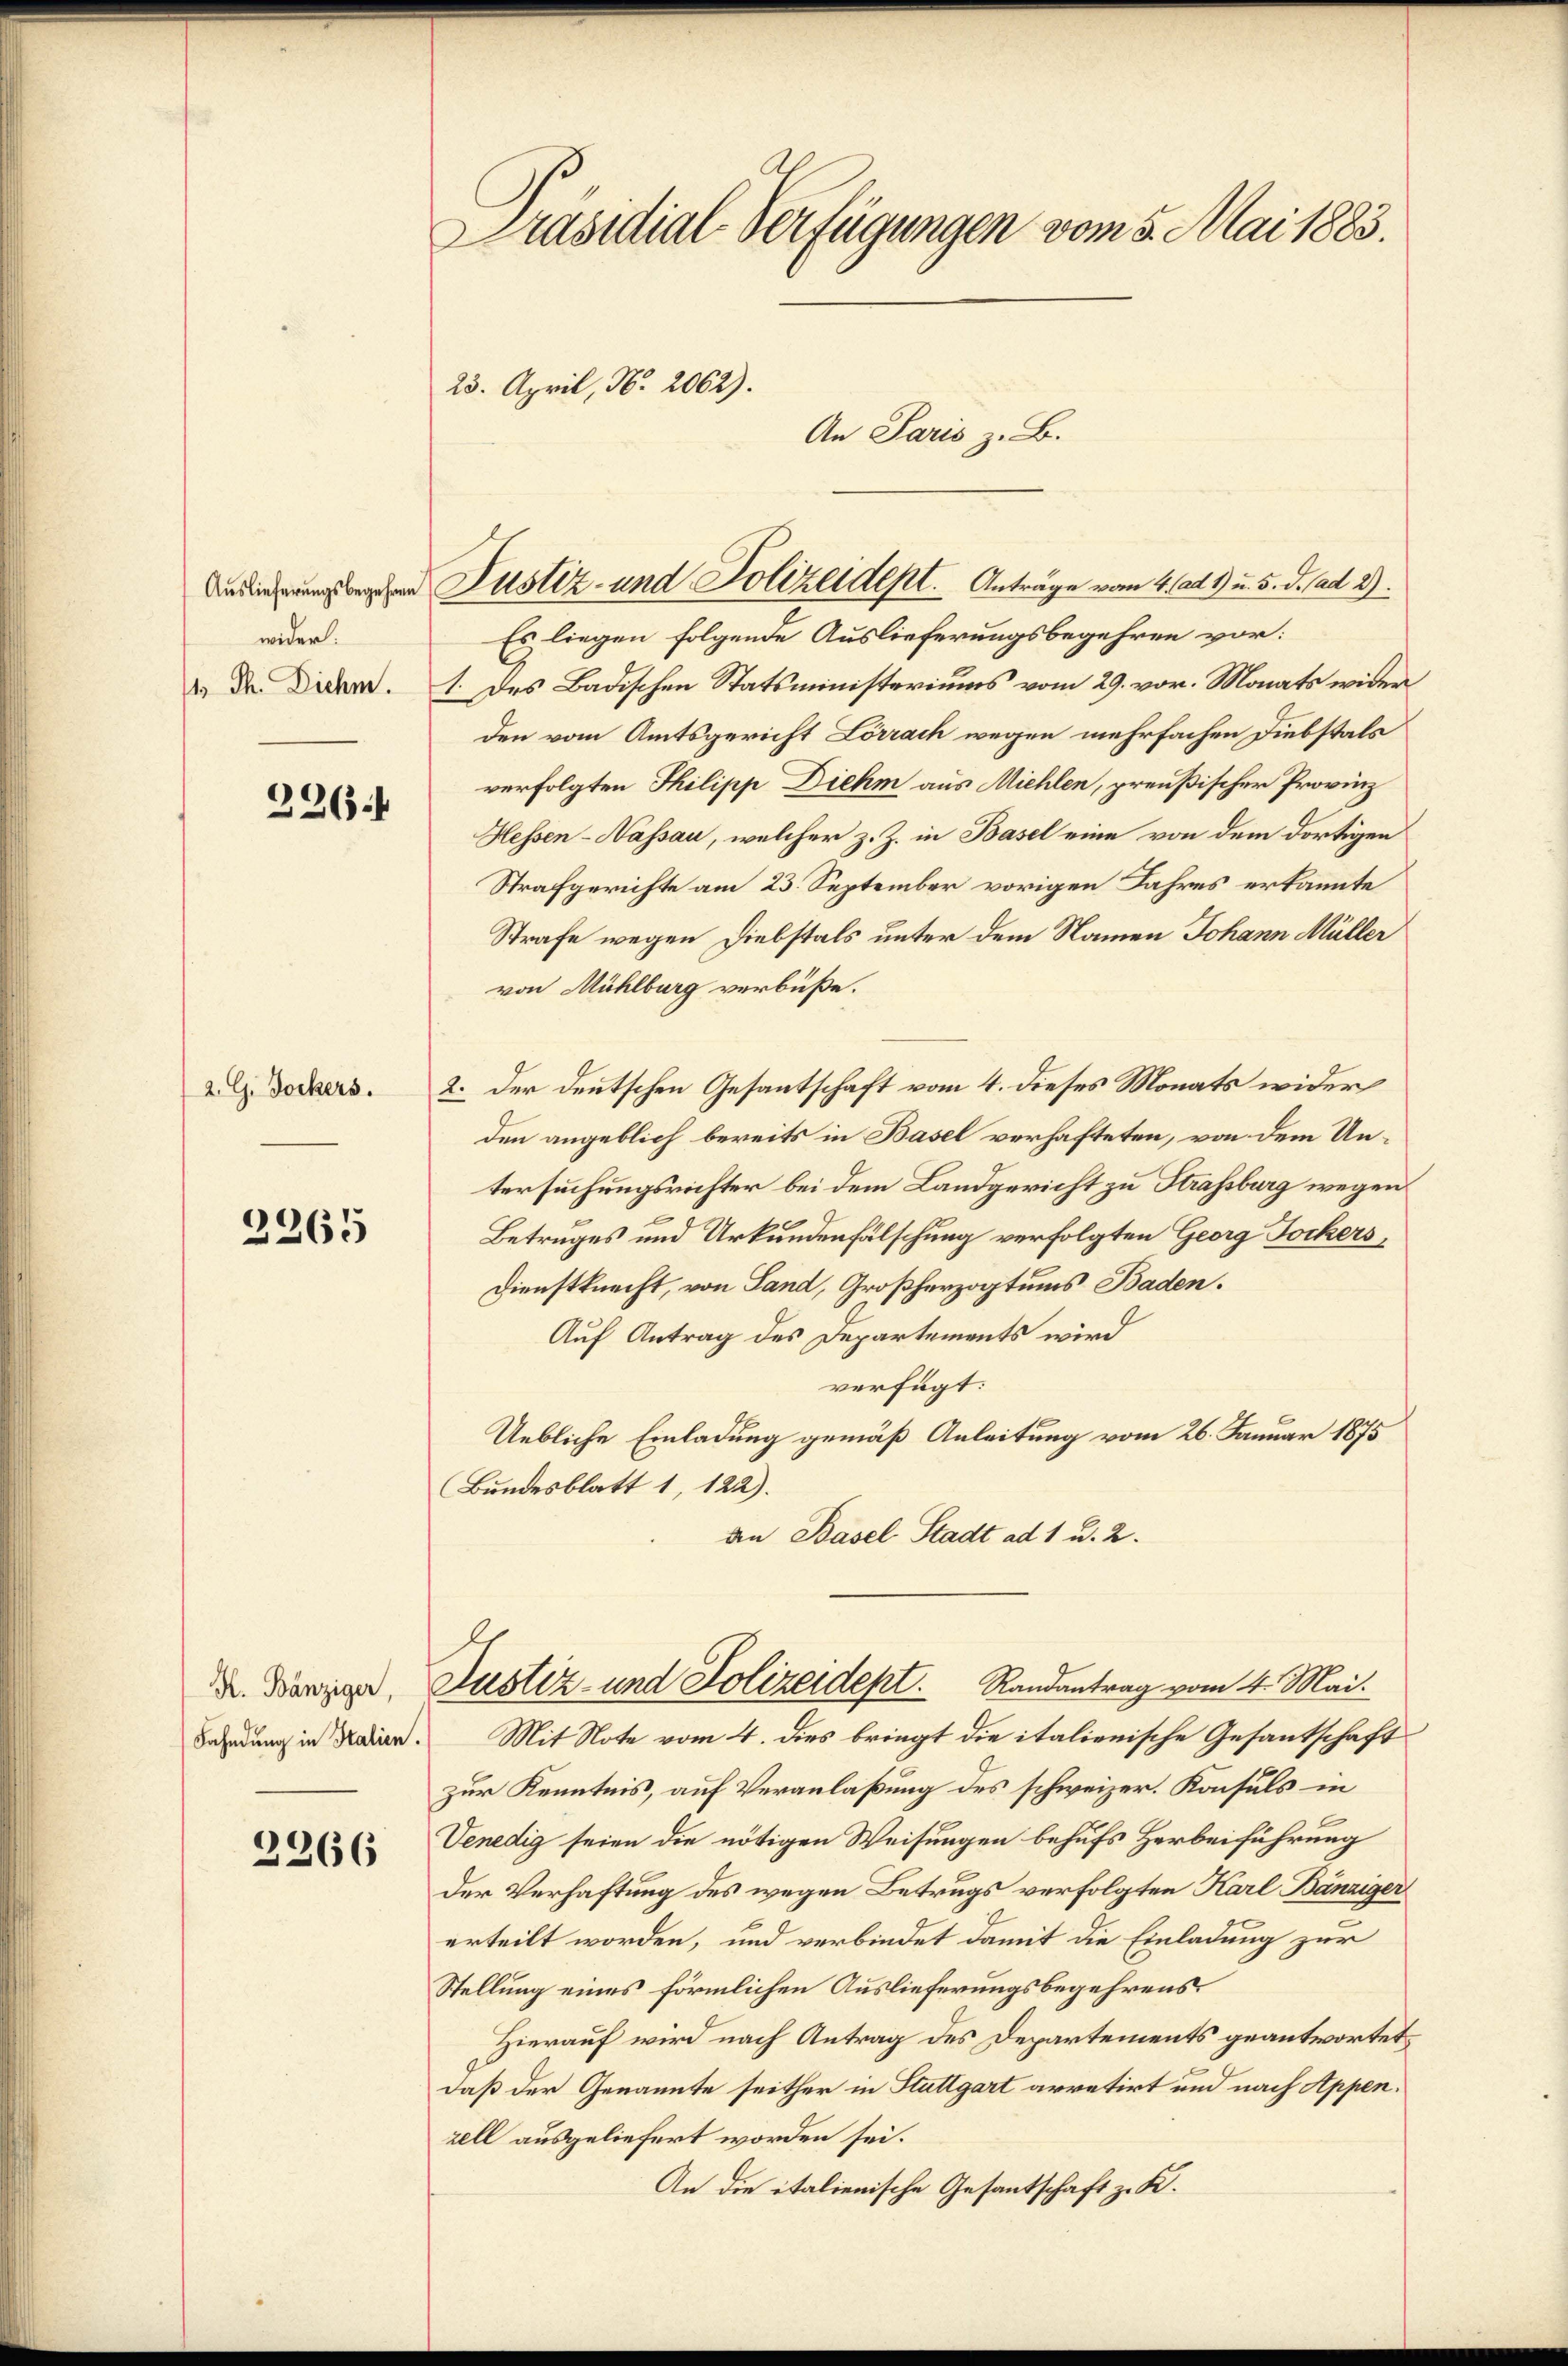
wider.

2264

2. G. Bockers.

2265

K. Bänziger,
Fahndung in Stalien.

2266

Präsidial-Verfügungen vom 5. Mai 1883.
23. April, No. 2062).
An Paris z. B.

ne Justiz- und Polizeident. Anträge vom 4. ad 1. u. 5. d. ad 2).

Es liegen folgende Auslieferungsbegehren vor:
&. Dr. Diens. 1. des Badischen Statsministeriums vom 29. vor. Monats wider
den vom Amtsgericht Lörrach wegen mehrfachen Diebstals
verfolgten Philipp Diehm aus Miehlen, preußischer Provinz
Hessen-Nassau, welcher z. Z. in Basel eine von dem dortigen
Strafgerichte am 23. September vorigen Jahres erkannte
Strafe wegen Diebstals unter dem Namen Johann Müller
von Mühlburg verbüße.
2. Der deutschen Gesantschaft vom 4. dieses Monats wider
den angeblich bereits in Basel verhafteten, von dem Untersuchungsrichter bei dem Landgericht zu Strassburg wegen
Betruges und Urkundenfälschung verfolgten Georg Sockers,
Dienstknecht, von Land, Großherzogtums Baden.
Auf Antrag des Departements wird
verfügt:
Uebliche Einladung gemäß Anleitung vom 26. Januar 1875
Bundesblatt 1, 122).
an Basel Stadt ad 1 u. 2.
Justiz- und Polizeidept. Randantrag vom 4. Mai.
Mit Note vom 4. dies bringt die italienische Gesandtschaft
zur Kenntnis, auf Veranlaßung des schweizer. Konsuls in
Venedig seien die nötigen Weisungen behufs Herbeiführung
Der Verhaftung des wegen Betrugs verfolgten Karl Bänziger
erteilt worden, und verbindet damit die Einladung zur
Stellung eines förmlichen Auslieferungsbegehrens.
Hierauf wird nach Antrag des Departements geantwortet,
daß der Genannte seither in Stuttgart arretirt und nach Appen.
zell ausgeliefert worden sei.
An die italienische Gesantschaft z. K.